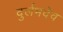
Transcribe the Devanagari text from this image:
दुर्लभदेव